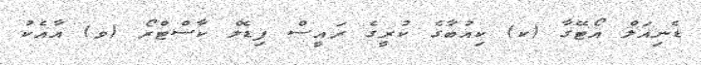
ޑެނިއަލް އޯޓޭގާ (ކ) ކިއުބާގެ ކުރީގެ ރައީސް ފިޑެލް ކާސްޓްރޯ (ވ) އާއެކު